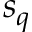
s _ { q }